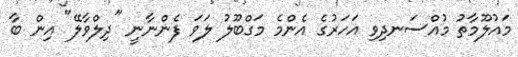
މައުލޫމާތު މުއްސަނދިވި އަހަރުގެ އެންމެ މަގްބޫލު ލަވަ ފެންނާނީ "ދިލްވާލޭ" އިން ބާ